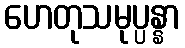
ဟေတုသမုပ္ပန္နာ